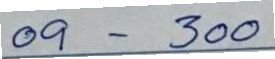
09 - 300